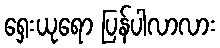
ရှေးယုရော ပြန်ပါလာလား